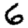
Digit: 6